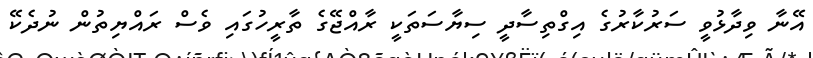
އޭނާ ވިދާޅުވީ ސަރުކާރުގެ އިގްތިސާދީ ސިޔާސަތަކީ ރާއްޖޭގެ ތާރީހުގައި ވެސް ރައްޔިތުން ނުދެކޭ